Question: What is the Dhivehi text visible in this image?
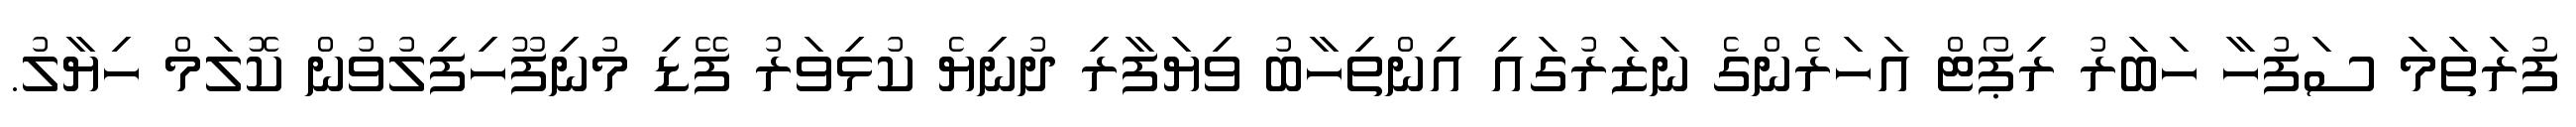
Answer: ފުރަތަމަ ސަފުހާ ހަބަރު ރިޕޯޓް އަހަރެންގެ ނަޒަރުގައި އިންތިހާބު ވިޔަފާރި ދުނިޔެ ކުޅިވަރު ފޭޑި މުނިފޫހިފިލުވުން ކޮލަމް ހިޔާލު.